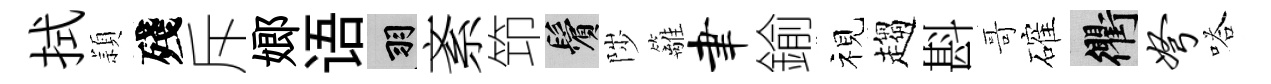
拭頴殘斥嫏语羽紊笻鬢陟籬聿鍮视趨斟哥確衢弩嗒